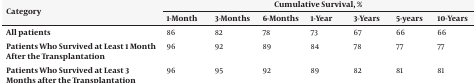
<table><thead><tr><td rowspan="2"><b>Category</b></td><td colspan="7"><b>Cumulative Survival, %</b></td></tr><tr><td><b>1-Month</b></td><td><b>3-Months</b></td><td><b>6-Months</b></td><td><b>1-Year</b></td><td><b>3-Years</b></td><td><b>5-years</b></td><td><b>10-Years</b></td></tr></thead><tbody><tr><td><b>All patients</b></td><td>86</td><td>82</td><td>78</td><td>73</td><td>67</td><td>66</td><td>66</td></tr><tr><td><b>Patients Who Survived at Least 1 Month After the Transplantation</b></td><td>96</td><td>92</td><td>89</td><td>84</td><td>78</td><td>77</td><td>77</td></tr><tr><td><b>Patients Who Survived at Least 3 Months after the Transplantation</b></td><td>96</td><td>95</td><td>92</td><td>89</td><td>82</td><td>81</td><td>81</td></tr></tbody></table>